Senior Leaving Certificate Examination (including Day School Certificate (Higher) General paper), 1950
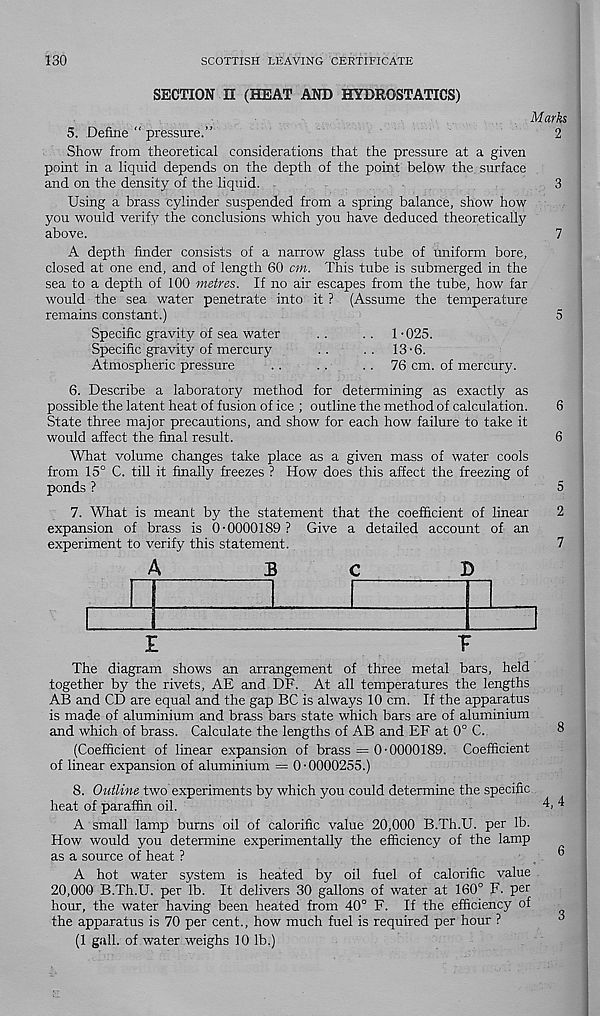
130
SCOTTISH LEAVING CERTIFICATE
SECTION II (HEAT AND HYDROSTATICS)
Marks
5. Define “ pressure.”
2
Show from theoretical considerations that the pressure at a given
pomt in a liquid depends on the depth of the point below the surface
and on the density of the liquid.
3
Using a brass cylinder suspended from a spring balance, show how
you would verify the conclusions which you have deduced theoretically
above.
7
A depth finder consists of a narrow glass tube of uniform bore,
closed at one end, and of length 60 cm. This tube is submerged in the
sea to a depth of 100 metres. If no air escapes from the tube, how far
would the sea water penetrate into it ? (Assume the temperature
remains constant.)
5
Specific gravity of sea water
. .
. . 1 -025.
Specific gravity of mercury
..
.. 13-6.
Atmospheric pressure
. .
. .
. . 76 cm. of mercury.
6. Describe a laboratory method for determining as exactly as
possible the latent heat of fusion of ice ; outline the method of calculation.
6
State three major precautions, and show for each how failure to take it
would affect the final result.
6
What volume changes take place as a given mass of water cools
from 15° C. till it finally freezes ? How does this affect the freezing of
ponds ?
5
7. What is meant by the statement that the coefficient of linear
2
expansion of brass is 0-0000189 ? Give a detailed account of an
experiment to verify this statement.
7
A
Be
X>
E
T
The diagram shows an arrangement of three metal bars, held
together by the rivets, AE and DF. At all temperatures the lengths
AB and CD are equal and the gap BC is always 10 cm. If the apparatus
is made of aluminium and brass bars state which bars are of aluminium
and which of brass. Calculate the lengths of AB and EF at 0° C.
8
(Coefficient of linear expansion of brass = 0-0000189. Coefficient
of linear expansion of aluminium = 0-0000255.)
8. Outline two experiments by which you could determine the specific
heat of paraffin oil.
4, 4
A small lamp burns oil of calorific value 20,000 B.Th.U. per lb.
How would you determine experimentally the efficiency of the lamp
as a source of heat ?
”
A hot water system is heated by oil fuel of calorific value
20,000 B.Th.U. per lb. It delivers 30 gallons of water at 160° F. P er
hour, the water having been heated from 40° F. If the efficiency of
the apparatus is 70 per cent., how much fuel is required per hour ?
(1 gall, of water weighs 10 lb.)